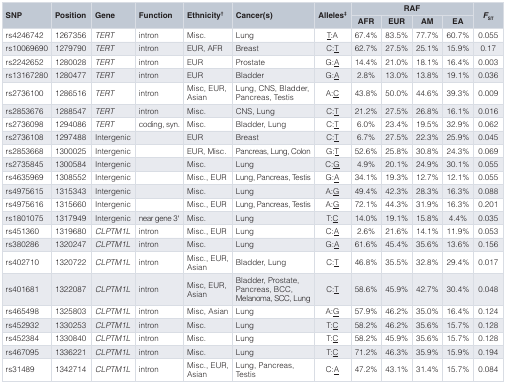
<table><thead><tr><td rowspan="2"><b>SNP</b></td><td rowspan="2"><b>Position</b></td><td rowspan="2"><b>Gene</b></td><td rowspan="2"><b>Function</b></td><td rowspan="2"><b>Ethnicity<sup>†</sup></b></td><td rowspan="2"><b>Cancer(s)</b></td><td rowspan="2"><b>Alleles<sup>‡</sup></b></td><td colspan="4"><b>RAF</b></td><td rowspan="2"><b><i>F</i><sub>ST</sub></b></td></tr><tr><td><b>AFR</b></td><td><b>EUR</b></td><td><b>AM</b></td><td><b>EA</b></td></tr></thead><tbody><tr><td>rs4246742</td><td>1267356</td><td><i>TERT</i></td><td>intron</td><td>Misc.</td><td>Lung</td><td><underline>T</underline>:A</td><td>67.4%</td><td>83.5%</td><td>77.7%</td><td>60.7%</td><td>0.055</td></tr><tr><td>rs10069690</td><td>1279790</td><td><i>TERT</i></td><td>intron</td><td>EUR, AFR</td><td>Breast</td><td>C:<underline>T</underline></td><td>62.7%</td><td>27.5%</td><td>25.1%</td><td>15.9%</td><td>0.17</td></tr><tr><td>rs2242652</td><td>1280028</td><td><i>TERT</i></td><td>intron</td><td>EUR</td><td>Prostate</td><td>G:<underline>A</underline></td><td>14.4%</td><td>21.0%</td><td>18.1%</td><td>16.4%</td><td>0.003</td></tr><tr><td>rs13167280</td><td>1280477</td><td><i>TERT</i></td><td>intron</td><td>EUR</td><td>Bladder</td><td>G:<underline>A</underline></td><td>2.8%</td><td>13.0%</td><td>13.8%</td><td>19.1%</td><td>0.036</td></tr><tr><td>rs2736100</td><td>1286516</td><td><i>TERT</i></td><td>intron</td><td>Misc, EUR,Asian</td><td>Lung, CNS, Bladder,Pancreas, Testis</td><td>A:<underline>C</underline></td><td>43.8%</td><td>50.0%</td><td>44.6%</td><td>39.3%</td><td>0.009</td></tr><tr><td>rs2853676</td><td>1288547</td><td><i>TERT</i></td><td>intron</td><td>Misc.</td><td>CNS, Lung</td><td>C:<underline>T</underline></td><td>21.2%</td><td>27.5%</td><td>26.8%</td><td>16.1%</td><td>0.016</td></tr><tr><td>rs2736098</td><td>1294086</td><td><i>TERT</i></td><td>coding, syn.</td><td>Misc.</td><td>Bladder, Lung</td><td>C:<underline>T</underline></td><td>6.0%</td><td>23.4%</td><td>19.5%</td><td>32.9%</td><td>0.062</td></tr><tr><td>rs2736108</td><td>1297488</td><td>Intergenic</td><td></td><td>EUR</td><td>Breast</td><td>C:<underline>T</underline></td><td>6.7%</td><td>27.5%</td><td>22.3%</td><td>25.9%</td><td>0.045</td></tr><tr><td>rs2853668</td><td>1300025</td><td>Intergenic</td><td></td><td>EUR, Misc.</td><td>Pancreas, Lung, Colon</td><td>G:<underline>T</underline></td><td>52.6%</td><td>25.8%</td><td>30.8%</td><td>24.3%</td><td>0.069</td></tr><tr><td>rs2735845</td><td>1300584</td><td>Intergenic</td><td></td><td>Misc.</td><td>Lung</td><td>C:<underline>G</underline></td><td>4.9%</td><td>20.1%</td><td>24.9%</td><td>30.1%</td><td>0.055</td></tr><tr><td>rs4635969</td><td>1308552</td><td>Intergenic</td><td></td><td>Misc., EUR</td><td>Lung, Pancreas, Testis</td><td>G:<underline>A</underline></td><td>34.1%</td><td>19.3%</td><td>12.7%</td><td>12.1%</td><td>0.055</td></tr><tr><td>rs4975615</td><td>1315343</td><td>Intergenic</td><td></td><td>Misc.</td><td>Lung</td><td>A:<underline>G</underline></td><td>49.4%</td><td>42.3%</td><td>28.3%</td><td>16.3%</td><td>0.088</td></tr><tr><td>rs4975616</td><td>1315660</td><td>Intergenic</td><td></td><td>Misc., EUR</td><td>Lung, Pancreas, Testis</td><td>A:<underline>G</underline></td><td>72.1%</td><td>44.3%</td><td>31.9%</td><td>16.3%</td><td>0.201</td></tr><tr><td>rs1801075</td><td>1317949</td><td>Intergenic</td><td>near gene 3&#x27;</td><td>Misc.</td><td>Lung</td><td>T:<underline>C</underline></td><td>14.0%</td><td>19.1%</td><td>15.8%</td><td>4.4%</td><td>0.035</td></tr><tr><td>rs451360</td><td>1319680</td><td><i>CLPTM1L</i></td><td>intron</td><td>Misc., EUR</td><td>Lung</td><td>C:<underline>A</underline></td><td>2.6%</td><td>21.6%</td><td>14.1%</td><td>11.9%</td><td>0.053</td></tr><tr><td>rs380286</td><td>1320247</td><td><i>CLPTM1L</i></td><td>intron</td><td>Misc.</td><td>Lung</td><td>G:<underline>A</underline></td><td>61.6%</td><td>45.4%</td><td>35.6%</td><td>13.6%</td><td>0.156</td></tr><tr><td>rs402710</td><td>1320722</td><td><i>CLPTM1L</i></td><td>intron</td><td>Misc., EUR,Asian</td><td>Bladder, Lung</td><td>C:<underline>T</underline></td><td>46.8%</td><td>35.5%</td><td>32.8%</td><td>29.4%</td><td>0.017</td></tr><tr><td>rs401681</td><td>1322087</td><td><i>CLPTM1L</i></td><td>intron</td><td>Misc, EUR,Asian</td><td>Bladder, Prostate,Pancreas, BCC,Melanoma, SCC, Lung</td><td>C:<underline>T</underline></td><td>58.6%</td><td>45.9%</td><td>42.7%</td><td>30.4%</td><td>0.048</td></tr><tr><td>rs465498</td><td>1325803</td><td><i>CLPTM1L</i></td><td>intron</td><td>Misc, Asian</td><td>Lung</td><td>A:<underline>G</underline></td><td>57.9%</td><td>46.2%</td><td>35.0%</td><td>16.4%</td><td>0.124</td></tr><tr><td>rs452932</td><td>1330253</td><td><i>CLPTM1L</i></td><td>intron</td><td>Misc.</td><td>Lung</td><td>T:<underline>C</underline></td><td>58.2%</td><td>46.2%</td><td>35.6%</td><td>15.7%</td><td>0.128</td></tr><tr><td>rs452384</td><td>1330840</td><td><i>CLPTM1L</i></td><td>intron</td><td>Misc.</td><td>Lung</td><td>T:<underline>C</underline></td><td>58.2%</td><td>45.9%</td><td>35.6%</td><td>15.7%</td><td>0.128</td></tr><tr><td>rs467095</td><td>1336221</td><td><i>CLPTM1L</i></td><td>intron</td><td>Misc.</td><td>Lung</td><td>T:<underline>C</underline></td><td>71.2%</td><td>46.3%</td><td>35.9%</td><td>15.9%</td><td>0.194</td></tr><tr><td>rs31489</td><td>1342714</td><td><i>CLPTM1L</i></td><td>intron</td><td>Misc., EUR,Asian</td><td>Lung, Pancreas,Testis</td><td>C:<underline>A</underline></td><td>47.2%</td><td>43.1%</td><td>31.4%</td><td>15.7%</td><td>0.084</td></tr></tbody></table>